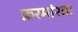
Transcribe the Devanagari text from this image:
फ़रमांरवा